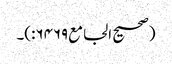
(صحیح الجامع۶۴۶۹:)۔